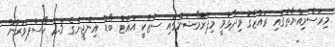
މިރަސްމިއްޔާތުގައި ރައްޒާގު ވިދާޅުވީ މިޕްރޮމޯޝަންގައި ސުޒުކީ އައުޓް ބޯޑް އިންޖީނުގެ 2.5 ހޯސްޕަވަރުން